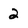
Character: 2